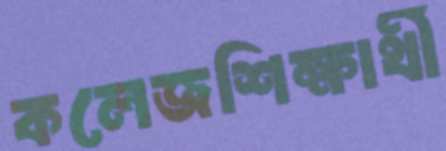
কলেজশিক্ষার্থী